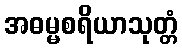
အဓမ္မစရိယာသုတ္တံ